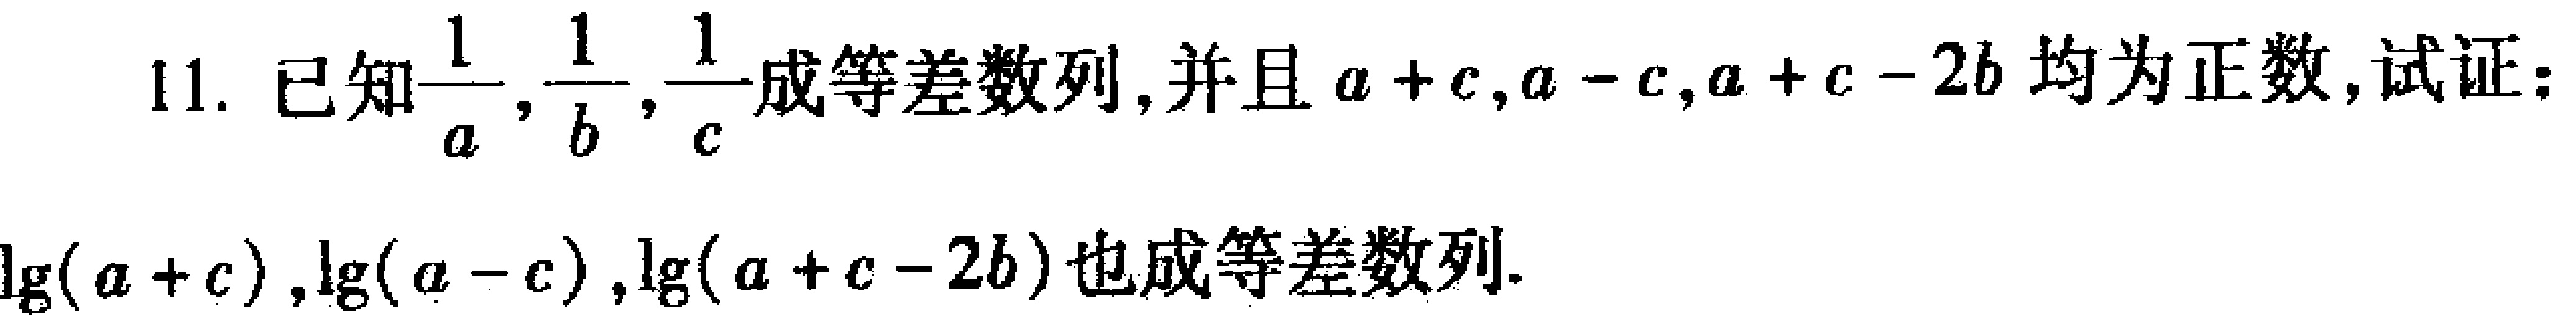
已知$\frac{1}{a},\frac{1}{b},\frac{1}{c}$成等差数列，并且$a + c,a - c,a + c - 2b$均为正数，试证：
$\lg(a + c),\lg(a - c),\lg(a + c - 2b)$也成等差数列.